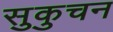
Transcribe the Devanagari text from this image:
सुकुचन